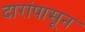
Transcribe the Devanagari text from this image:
दारांपासून